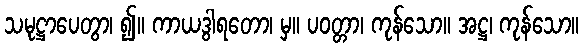
သမုဋ္ဌာပေတွာ၊ ၍။ ကာယဒွါရတော၊ မှ။ ပဝတ္တာ၊ ကုန်သော။ အဋ္ဌ၊ ကုန်သော။